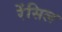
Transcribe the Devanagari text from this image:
रेंसिल